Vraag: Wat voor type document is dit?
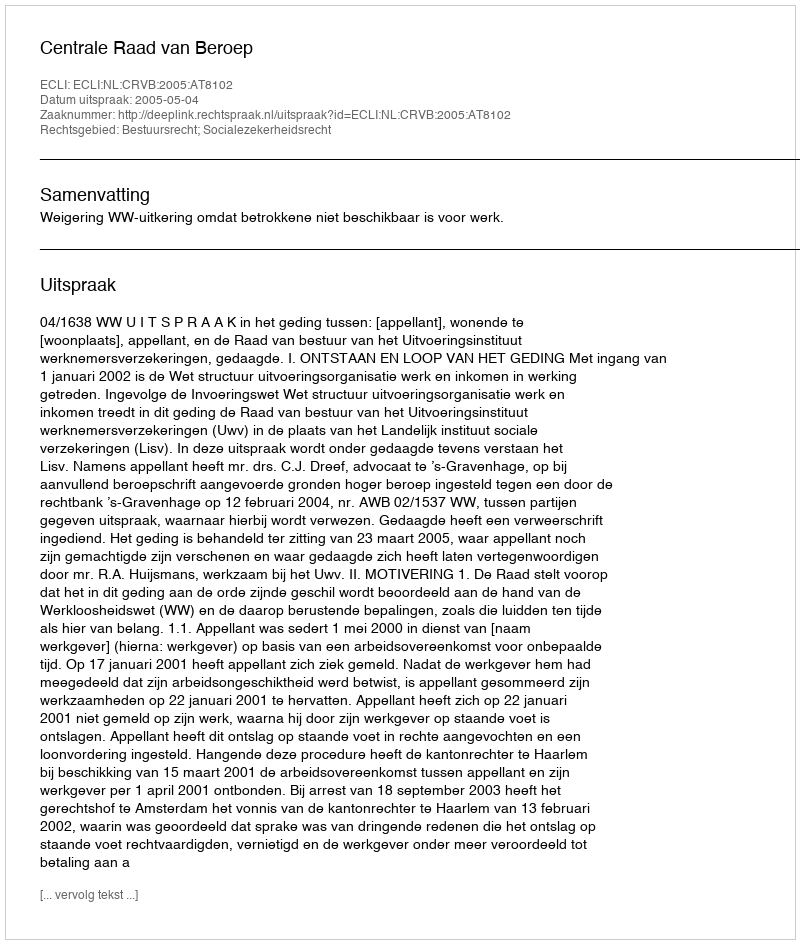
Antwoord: Uitspraak